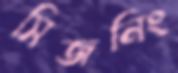
সিজনিং